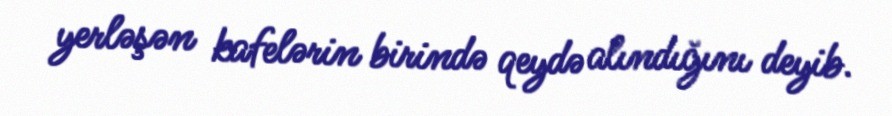
yerləşən kafelərin birində qeydə alındığını deyib.